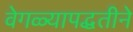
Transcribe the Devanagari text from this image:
वेगळ्यापद्धतीने